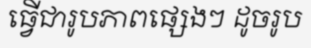
ធ្វើជារូបភាពផ្សេងៗ ដូចរូប